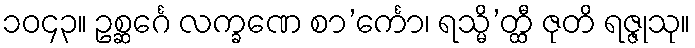
၁၀၄၃။ ဥစ္ဆင်္ဂေ လက္ခဏေ စာ’င်္ကော၊ ရသ္မိ’တ္ထီ ဇုတိ ရဇ္ဇုသု။